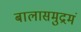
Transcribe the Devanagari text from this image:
बालासमुद्रमं